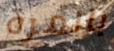
بالمرة